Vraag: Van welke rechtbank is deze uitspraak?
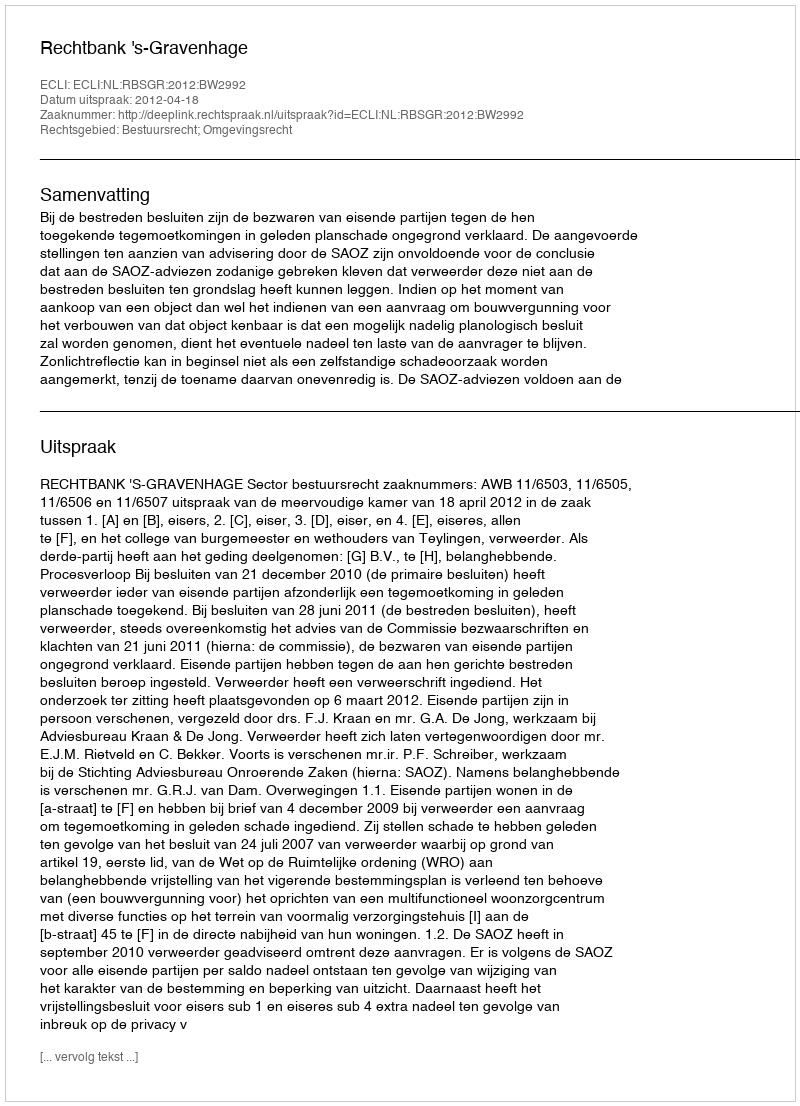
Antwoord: Rechtbank 's-Gravenhage